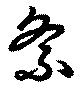
紊